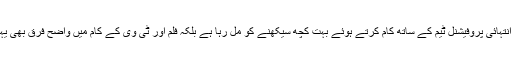
انھوں نے کہا کہ بالی وڈ میں انتہائی پروفیشنل ٹیم کے ساتھ کام کرتے ہوئے بہت کچھ سیکھنے کو مل رہا ہے بلکہ فلم اور ٹی وی کے کام میں واضح فرق بھی یہاں کام کرکے پتہ چل رہا ہے۔